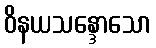
ဝိနယသန္ဒောသော